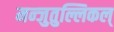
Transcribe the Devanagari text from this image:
मन्जुतुल्लिकल्